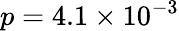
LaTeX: p=4.1\times 10^{-3}